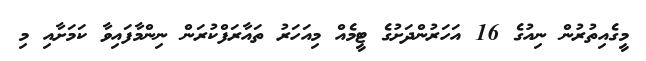
މީގެއިތުރުން ނިއުގެ 16 އަހަރުންދަށުގެ ޓީމެއް މިއަހަރު ތައާރަފްކުރަން ނިންމާފައިވާ ކަމަށާއި މި